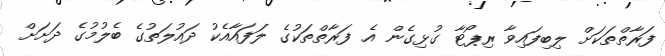
ފަރާތްތަކަށް ލިބިފައިވާ ރިޕޯޓާ ގުޅިގެން އެ ފަރާތްތަކުގެ ލަފައާއެކު ދައުލަތުގެ ބެލުމުގެ ދަށަށް